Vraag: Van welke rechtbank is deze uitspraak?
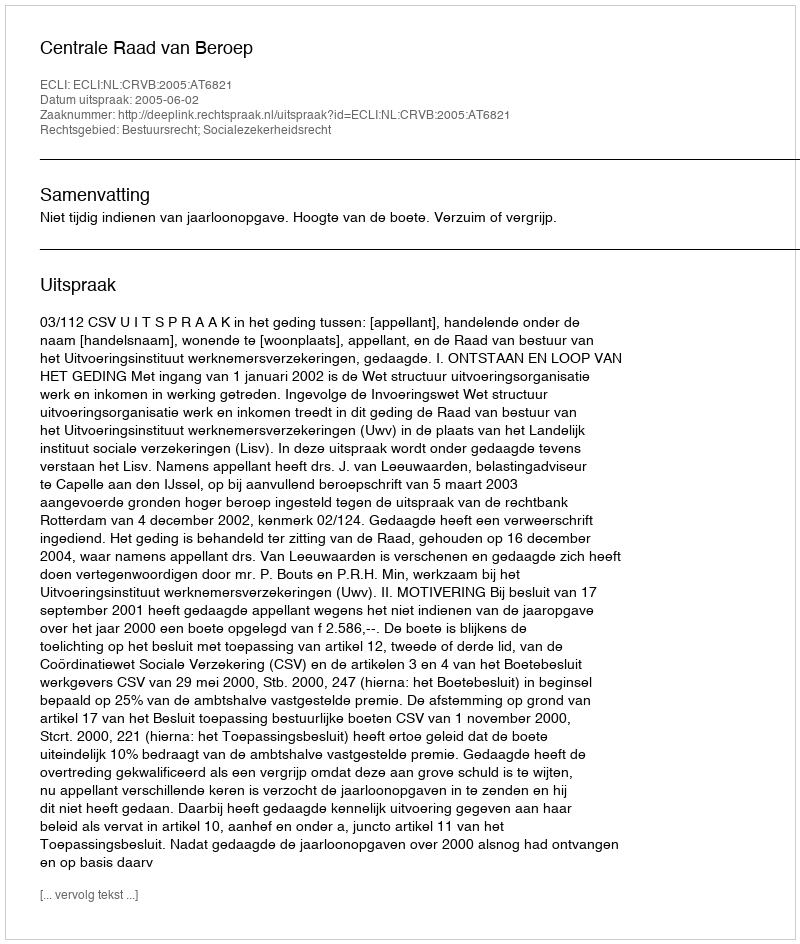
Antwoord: Centrale Raad van Beroep